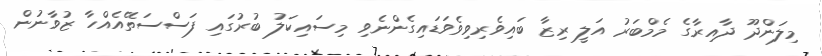
މިލަންދޫ ދާއިރާގެ މެމްބަރު އަލީ ރިޒާ ބައިވެރިވިވެވަޑައިގެންނެވި މިސައިކަލު ބުރުގައި ފަސްސަތޭއެއްހާ ޒުވާނުން